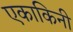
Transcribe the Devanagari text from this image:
एकाकिनी